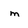
Character: m